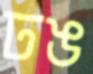
ঢঙ